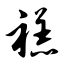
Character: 禚